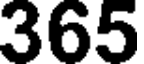
365